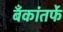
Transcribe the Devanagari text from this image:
बँकांतर्फे